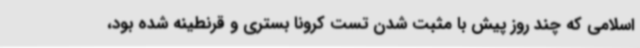
اسلامی که چند روز پیش با مثبت شدن تست کرونا بستری و قرنطینه شده بود،